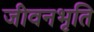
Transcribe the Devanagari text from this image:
जीवनभृति